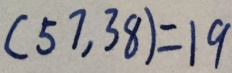
( 5 7 , 3 8 ) = 1 9